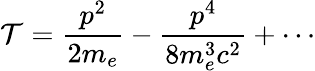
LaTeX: \mathcal{T}={\frac{{p^{2}}}{{2m_{e}}}}-{\frac{{p^{4}}}{{8m_{e}^{3}c^{2}}}}+\cdots